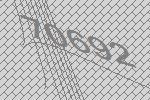
70692